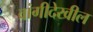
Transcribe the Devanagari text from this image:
वांगीदेखील